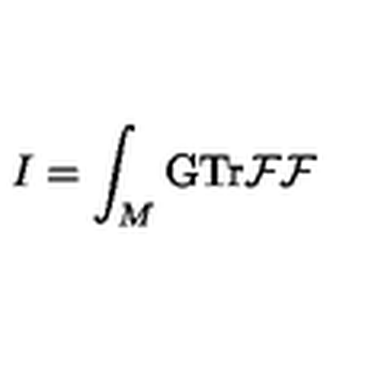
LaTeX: I = \int _ { M } \mathrm { G T r } { \cal F F }